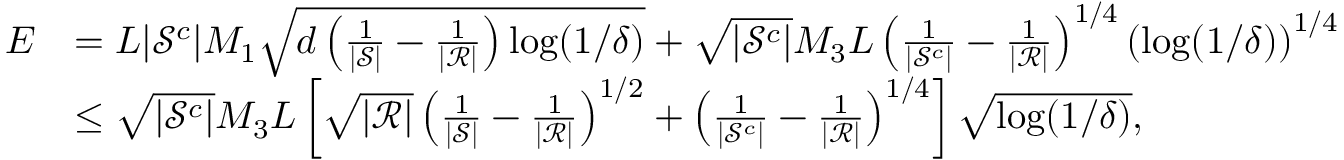
\begin{array} { r l } { E } & { = L | \mathcal { S } ^ { c } | M _ { 1 } \sqrt { d \left( \frac { 1 } { | \mathcal { S } | } - \frac { 1 } { | \mathcal { R } | } \right) \log ( 1 / \delta ) } + \sqrt { | \mathcal { S } ^ { c } | } M _ { 3 } L \left( \frac { 1 } { | \mathcal { S } ^ { c } | } - \frac { 1 } { | \mathcal { R } | } \right) ^ { 1 / 4 } \left( \log ( 1 / \delta ) \right) ^ { 1 / 4 } } \\ & { \leq \sqrt { | \mathcal { S } ^ { c } | } M _ { 3 } L \left[ \sqrt { | \mathcal { R } | } \left( \frac { 1 } { | \mathcal { S } | } - \frac { 1 } { | \mathcal { R } | } \right) ^ { 1 / 2 } + \left( \frac { 1 } { | \mathcal { S } ^ { c } | } - \frac { 1 } { | \mathcal { R } | } \right) ^ { 1 / 4 } \right] \sqrt { \log ( 1 / \delta ) } , } \end{array}